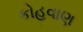
કોહવાણ